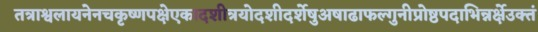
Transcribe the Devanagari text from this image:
तत्राश्वलायनेनचकृष्णपक्षेएकादशीत्रयोदशीदर्शेषुअषाढाफल्गुनीप्रोष्ठपदाभिन्नर्क्षेउक्तं